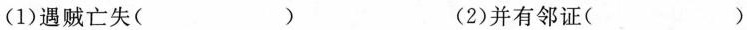
(1)遇贼亡失( ) (2)并有邻证( )